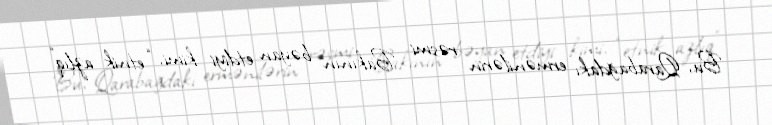
Bu, Qarabağdakı ermənilərin rəsmi Bakının bəyan etdiyi kimi, “etnik azlıq”